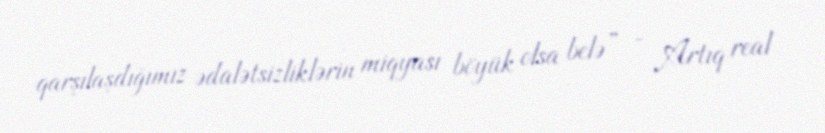
qarşılaşdığımız ədalətsizliklərin miqyası böyük olsa belə” - Artıq real